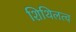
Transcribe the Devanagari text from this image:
शिथिलत्व